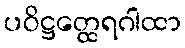
ပဝိဋ္ဌတ္ထေရဂါထာ